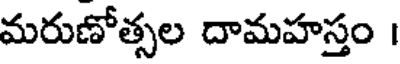
మరుణోత్సల దామహస్తం ।